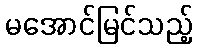
မအောင်မြင်သည့်